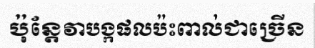
ប៉ុន្តែវាបង្កផលប៉ះពាល់ជាច្រើន